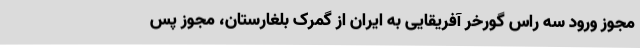
مجوز ورود سه راس گورخر آفریقایی به ایران از گمرک بلغارستان، مجوز پس